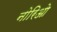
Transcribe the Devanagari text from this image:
नोरिओ